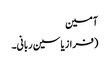
آمین
(فراز یاسین ربانی۔